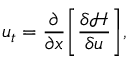
u _ { t } = \frac { \partial } { \partial x } \Bigg [ \frac { \delta \mathcal { H } } { \delta u } \Bigg ] ,